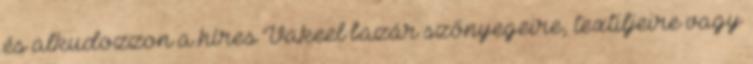
és alkudozzon a híres Vakeel bazár szőnyegeire, textiljeire vagy